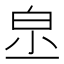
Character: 𤽔